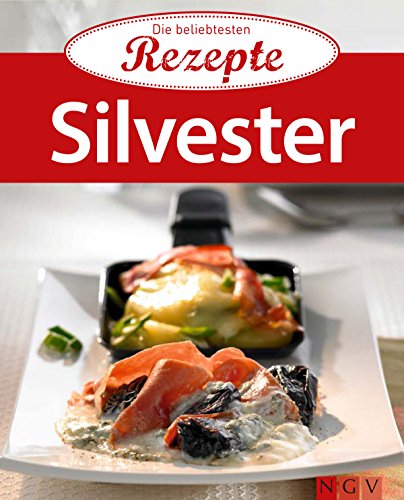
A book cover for Silvester: Die beliebtesten Rezepte (German Edition); Cookbooks, Food & Wine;